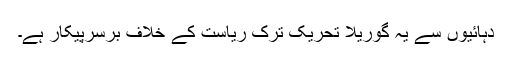
دہائیوں سے یہ گوریلا تحریک ترک ریاست کے خلاف برسرپیکار ہے۔